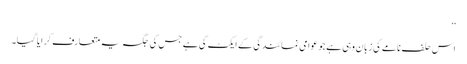
‘‘
اس حلف نامے کی زبان وہی ہے جو عوامی نمائندگی کے ایکٹ کی ہے جس کی جگہ یہ متعارف کرایا گیا۔